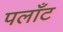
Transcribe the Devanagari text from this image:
पलाँट